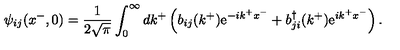
\psi _ { i j } ( x ^ { - } , 0 ) = \frac { 1 } { 2 \sqrt { \pi } } \int _ { 0 } ^ { \infty } d k ^ { + } \left( b _ { i j } ( k ^ { + } ) \mathrm { e } ^ { - i k ^ { + } x ^ { - } } + b _ { j i } ^ { \dag } ( k ^ { + } ) \mathrm { e } ^ { i k ^ { + } x ^ { - } } \right) .